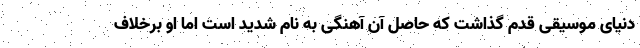
دنیای موسیقی قدم گذاشت که حاصل آن آهنگی به نام شدید است اما او برخلاف